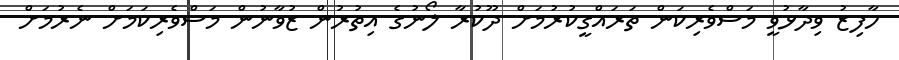
ހާފިޒު ވިދާޅުވީ މަސްވެރިކަން ތަރައްގީކުރުމަށް ދޫކުރާ ލޯނުގެ އިތުރުން ޒުވާނުން މަސްވެރިކަމަށް ނެރުމަށް